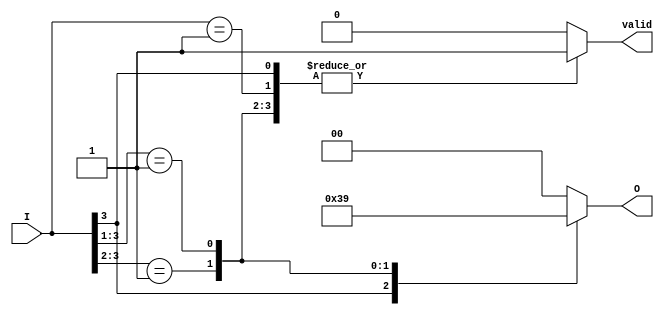
module priority_encoder (
    input wire [3:0] I,   // 4 input lines
    output reg [1:0] O,   // 2 output lines
    output reg valid       // Valid output signal
);

    always @(*) begin
        casez (I)           // Using casez to handle don't care conditions
            4'b1??? : begin O = 2'b11; valid = 1; end // I3 is highest priority
            4'b01?? : begin O = 2'b10; valid = 1; end // I2 is highest priority
            4'b001? : begin O = 2'b01; valid = 1; end // I1 is highest priority
            4'b0001 : begin O = 2'b00; valid = 1; end // I0 is highest priority
            default : begin O = 2'b00; valid = 0; end // No input active
        endcase
    end

endmodule